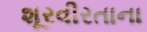
શૂરવીરતાના